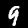
Digit: 9